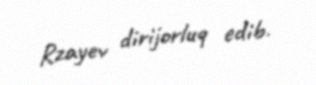
Rzayev dirijorluq edib.